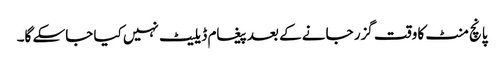
پانچ منٹ کا وقت گزر جانے کے بعد پیغام ڈیلیٹ نہیں کیا جاسکے گا۔